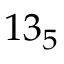
1 3 _ { 5 }